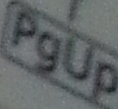
PgUp